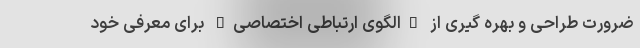
ضرورت طراحی و بهره گیری از "الگوی ارتباطی اختصاصی" برای معرفی خود